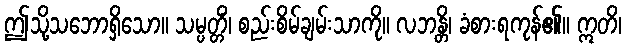
ဤသို့သဘောရှိသော။ သမ္ပတ္တိံ၊ စည်းစိမ်ချမ်းသာကို။ လဘန္တိ၊ ခံစားရကုန်၏။ ဣတိ၊